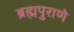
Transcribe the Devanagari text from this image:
ब्रह्मपुराणे